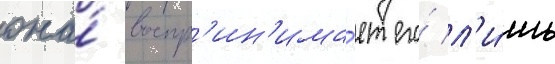
она́ воспр'ин'има́ет его́ л'и́шь